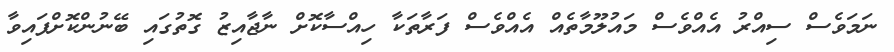
ނަމަވެސް ސިއްރު އެއްވެސް މައުލޫމާތެއް އެއްވެސް ފަރާތަކާ ހިއްސާކޮށް ނާޖާއިޒު ގޮތުގައި ބޭނުންކޮށްފައިވާ